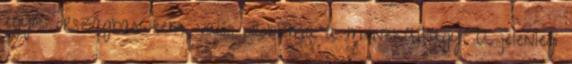
egyik országban sem valós probléma a menekültügy. A jelenlegi